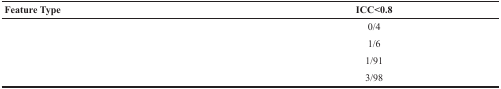
<table><thead><tr><td><b>Feature Type</b></td><td><b>ICC&lt;0.8</b></td></tr></thead><tbody><tr><td>[EMPTY_CELL]</td><td>0/4</td></tr><tr><td>[EMPTY_CELL]</td><td>1/6</td></tr><tr><td>[EMPTY_CELL]</td><td>1/91</td></tr><tr><td>[EMPTY_CELL]</td><td>3/98</td></tr></tbody></table>